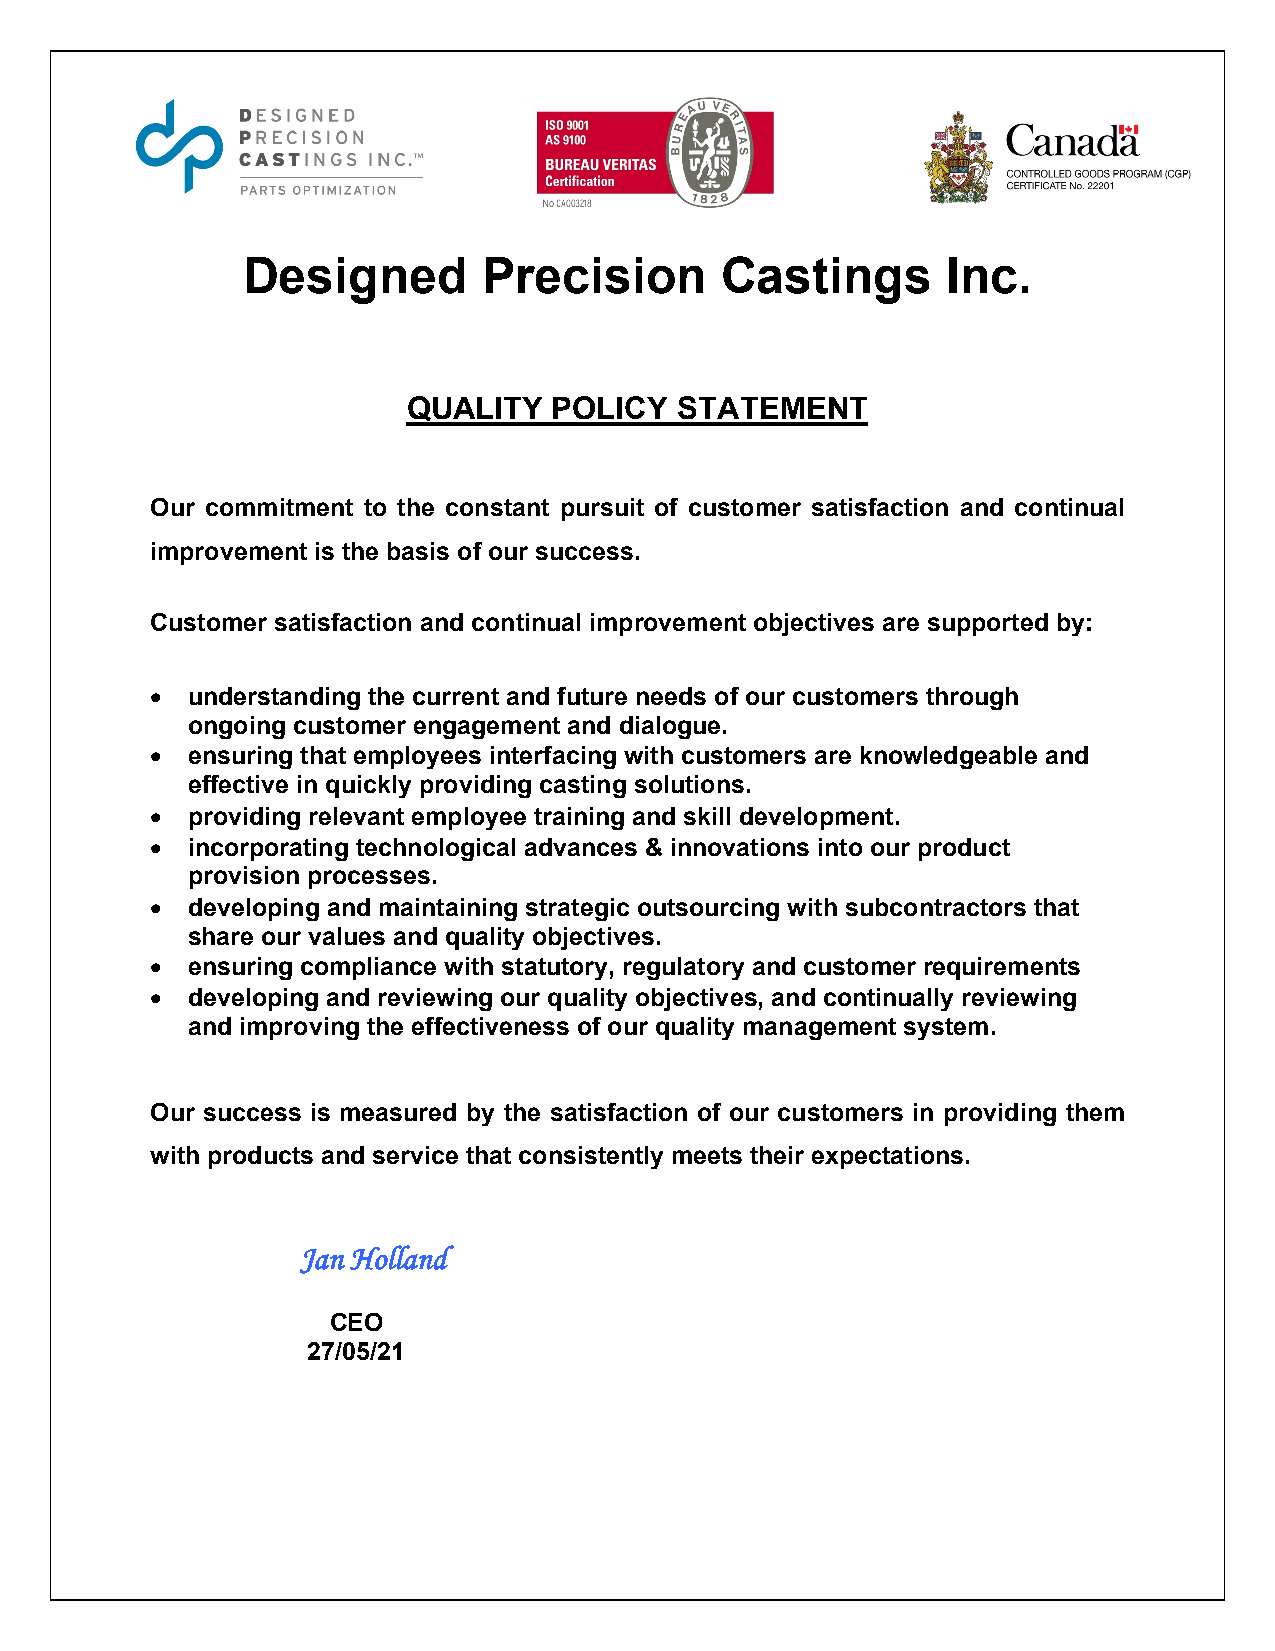
Designed        Precision       Castings       Inc.
 QUALITY   POLICY  STATEMENT
 Our commitment to the constant pursuit of customer satisfaction and continual
 improvement is the basis of our success.
 Customer satisfaction and continual improvement objectives are supported by:
 • understanding the current and future needs of our customers through
 ongoing customer engagement and dialogue.
 • ensuring that employees interfacing with customers are knowledgeable and
 effective in quickly providing casting solutions.
 • providing relevant employee training and skill development.
 • incorporating technological advances & innovations into our product
 provision processes.
 • developing and maintaining strategic outsourcing with subcontractors that
 share our values and quality objectives.
 • ensuring compliance with statutory, regulatory and customer requirements
 • developing and reviewing our quality objectives, and continually reviewing
 and improving the effectiveness of our quality management system.
 Our success is measured by the satisfaction of our customers in providing them
 with products and service that consistently meets their expectations.
 Jan Holland
 CEO
 27/05/21